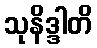
သုနိဒ္ဒါတိ